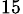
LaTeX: _{15}